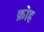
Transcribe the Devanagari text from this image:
क्रोह